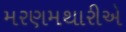
મરણમથારીએ